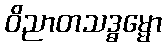
ဝိညာတသဒ္ဓမ္မော